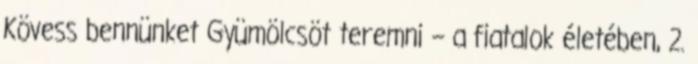
Kövess bennünket Gyümölcsöt teremni – a fiatalok életében, 2.